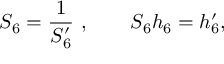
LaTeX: S _ { 6 } = { \frac { 1 } { S _ { 6 } ^ { \prime } } } \ , \qquad S _ { 6 } h _ { 6 } = h _ { 6 } ^ { \prime } ,